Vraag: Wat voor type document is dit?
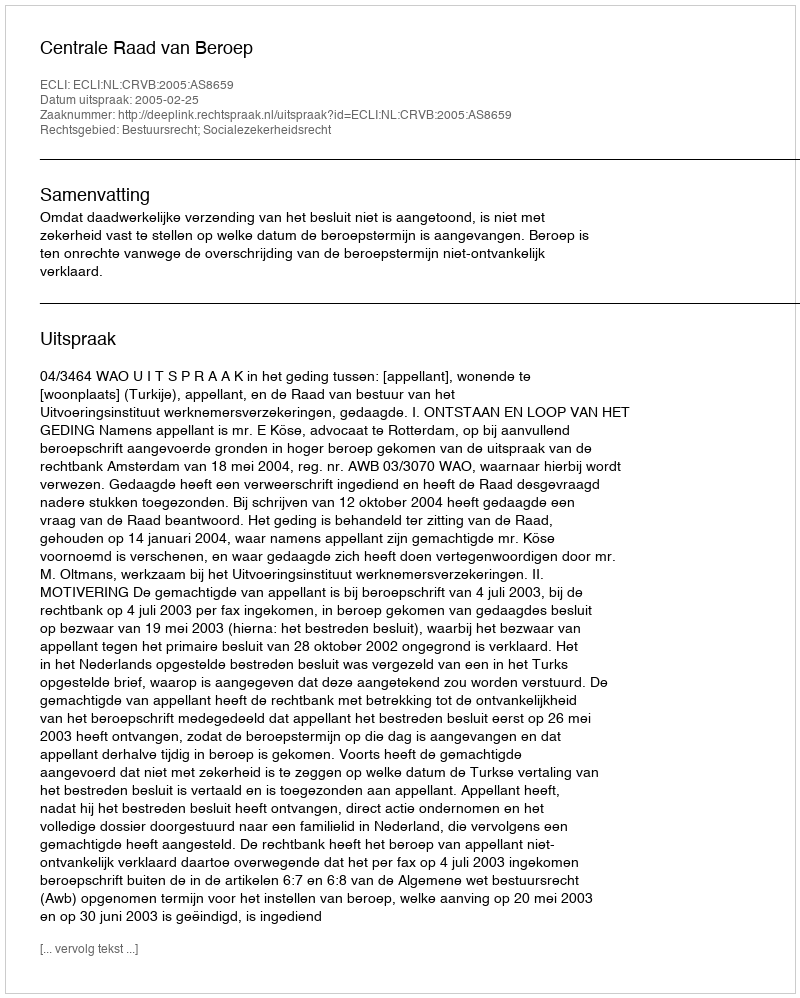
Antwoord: Uitspraak